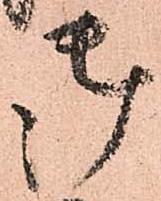
御